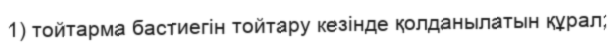
1) тойтарма бастиегін тойтару кезінде қолданылатын құрал;